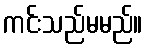
ကင်းသည်မမည်။